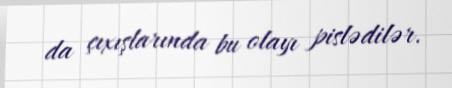
da çıxışlarında bu olayı pislədilər.